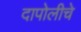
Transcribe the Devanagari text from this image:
दापोलीचे